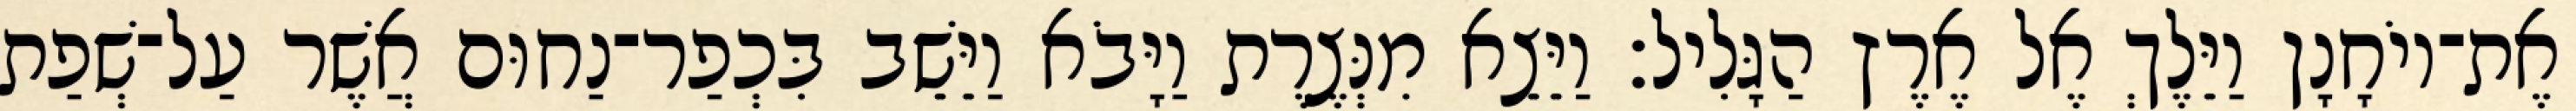
אֶת־יוֹחָנָן וַיֵּלֶךְ אֶל אֶרֶץ הַגָּלִיל׃ וַיֵּצֵא מִנְּצֶרֶת וַיָּבֹא וַיֵּשֵׁב בִּכְפַר־נַחוּם אֲשֶׁר עַל־שְׁפַת